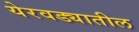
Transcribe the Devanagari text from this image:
येरवड्यातील